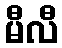
မီလီ